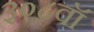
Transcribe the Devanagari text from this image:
३०८वॉ